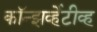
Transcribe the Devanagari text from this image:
कॉन्झर्व्हेटीव्ह